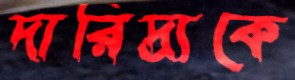
দারিদ্র্যকে